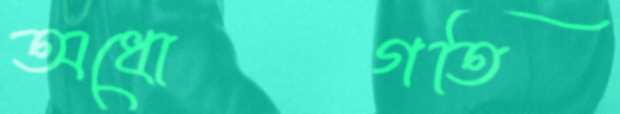
অধোগতি